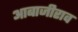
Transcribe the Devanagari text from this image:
आबाजीराव